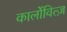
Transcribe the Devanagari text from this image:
कार्लोवित्ज़